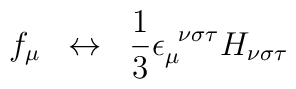
f_{\mu }\;\;\leftrightarrow \;\;\frac{1}{3}\epsilon _{\mu}^{\;\;\nu \sigma \tau }H_{\nu \sigma \tau }